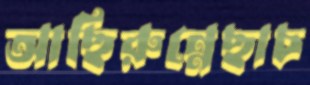
আছিরুন্নেছাচ